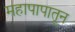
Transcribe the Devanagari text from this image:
महापापातून